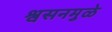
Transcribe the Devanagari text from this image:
श्वसनमुळे